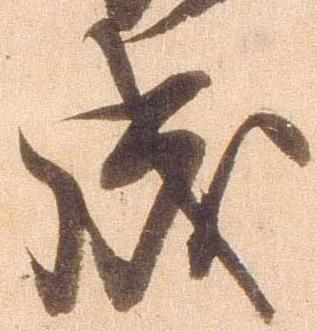
成